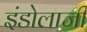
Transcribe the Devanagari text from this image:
इंडोलाजी